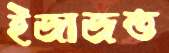
ইজাজত